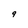
Character: 9